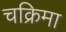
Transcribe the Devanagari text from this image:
चक्रिमा